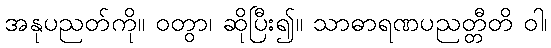
အနုပညတ်ကို။ ဝတွာ၊ ဆိုပြီး၍။ သာဓာရဏပညတ္တီတိ ဝါ၊